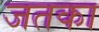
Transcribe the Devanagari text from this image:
जतका